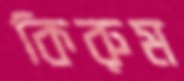
কিরুম